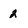
Character: 2